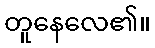
တူနေလေ၏။